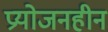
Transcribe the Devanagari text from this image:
प्रयोजनहीन